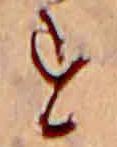
す